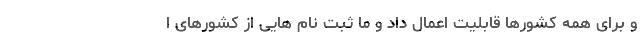
و برای همه کشورها قابلیت اعمال داد و ما ثبت نام هایی از کشورهای ا